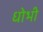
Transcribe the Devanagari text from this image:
धोभी